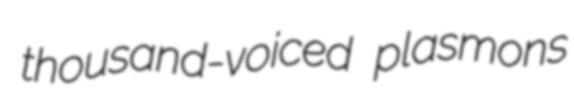
thousand-voiced plasmons